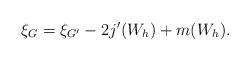
LaTeX: \begin{align*}\xi_G=\xi_{G^{\prime}}-2j^{\prime}(W_h)+m(W_h).\end{align*}